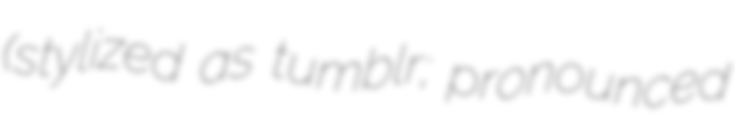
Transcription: (stylized as tumblr; pronounced